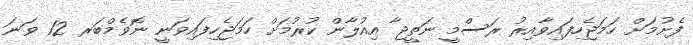
ފެށުމަށް ހަމަޖެހިފައިވާއިރު ރަސްމީ ނަތީޖާ އިއުލާން ކުރުމަށް ހަމަޖެހިފައިވަނީ ނޮވެމްބަރ 12 ވަނަ